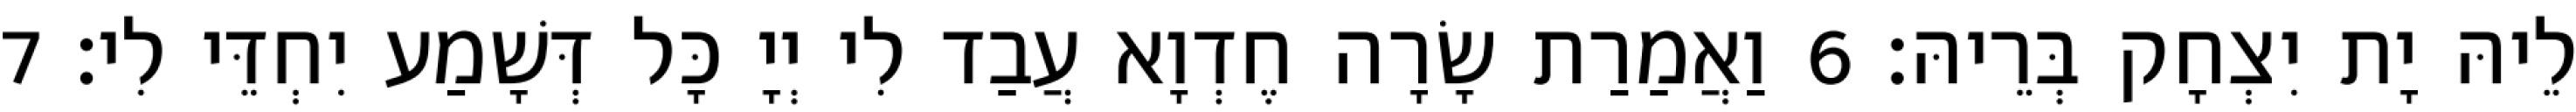
לֵיהּ יָת יִצְחָק בְּרֵיהּ׃ 6 וַאֲמַרַת שָׂרָה חֶדְוָא עֲבַד לִי יְיָ כָּל דְּשָׁמַע יִחְדֵּי לִי׃ 7